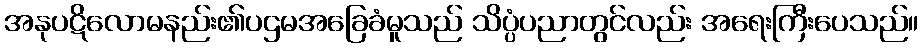
အနုပဋိလောမနည်း၏ပဌမအခြေခံမူသည် သိပ္ပံပညာတွင်လည်း အရေးကြီးပေသည်။